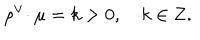
\rho ^ { \vee } \! \cdot \mu = k > 0 , \quad k \in { \bf Z } .